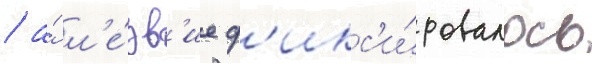
/ а́ л'е́зв'ие ф'икс'и́ровалось